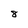
Character: 8